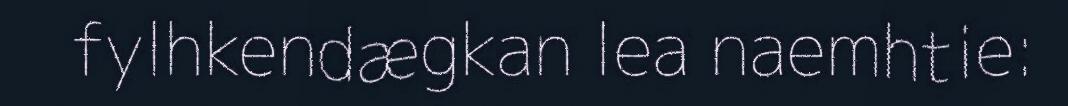
fylhkendægkan lea naemhtie: